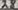
Text: 28